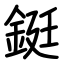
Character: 鋌